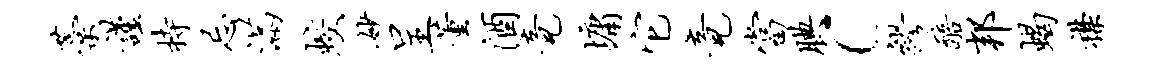
藁谨持忌满蛟妙呈董酒竟墉它竟当腆c缪醅邦蝎襟